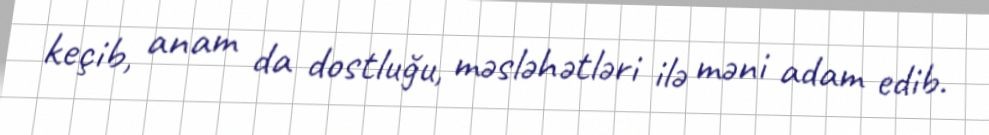
keçib, anam da dostluğu, məsləhətləri ilə məni adam edib.